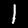
Digit: 1